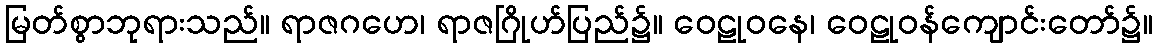
မြတ်စွာဘုရားသည်။ ရာဇဂဟေ၊ ရာဇဂြိုဟ်ပြည်၌။ ဝေဠုဝနေ၊ ဝေဠုဝန်ကျောင်းတော်၌။